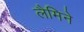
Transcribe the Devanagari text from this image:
लैमिने